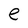
Character: e